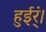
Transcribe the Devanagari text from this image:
हुईर्ं।